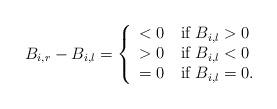
LaTeX: \begin{align*}\begin{aligned}B_{i,r}-B_{i,l} =\left\{ \begin{array}{ll} <0\quad\mbox{if} ~B_{i,l}>0\\ >0\quad\mbox{if} ~B_{i,l}<0\\ =0\quad\mbox{if} ~B_{i,l}=0. \end{array} \right.\end{aligned}\end{align*}